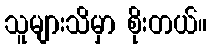
သူများသိမှာ စိုးတယ်။